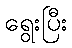
ရွေးပြီး